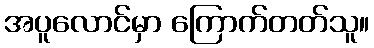
အပူလောင်မှာ ကြောက်တတ်သူ။